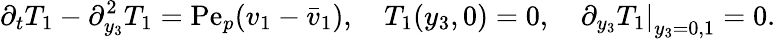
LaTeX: \partial_{t}T_{1}-\partial_{y_{3}}^{2}T_{1}=\mathrm{Pe}_{p}(v_{1}-\bar{v}_{1}),\quad T_{1}(y_{3},0)=0,\quad\left.\partial_{y_{3}}T_{1}\right|_{y_{3}=0,1}=0.